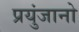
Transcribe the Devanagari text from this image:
प्रयुंजानो